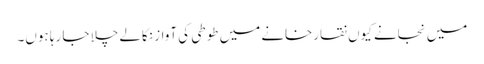
میں نجانے کیوں نقارخانے میں طوطی کی آواز نکالے چلا جا رہا ہوں۔